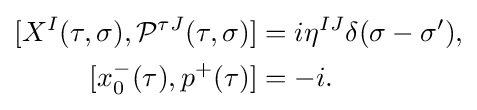
{\begin{aligned}{}[X^{I}(\tau ,\sigma ),{\mathcal {P}}^{\tau J}(\tau ,\sigma )]&=i\eta ^{IJ}\delta (\sigma -\sigma '),\\{}[x_{0}^{-}(\tau ),p^{+}(\tau )]&=-i.\end{aligned}}